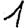
Digit: 1